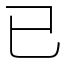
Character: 已